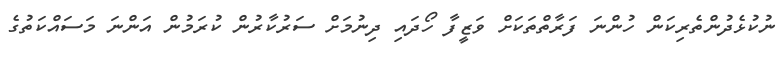
ނުކުޅެދުންތެރިކަން ހުންނަ ފަރާތްތަކަށް ވަޒީފާ ހޯދައި ދިނުމަށް ސަރުކާރުން ކުރަމުން އަންނަ މަސައްކަތުގެ